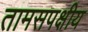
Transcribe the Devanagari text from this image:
तामसपक्षीय